Annual statistical returns and brief notes on vaccination in Bengal - 1887-1898
Year: 1887
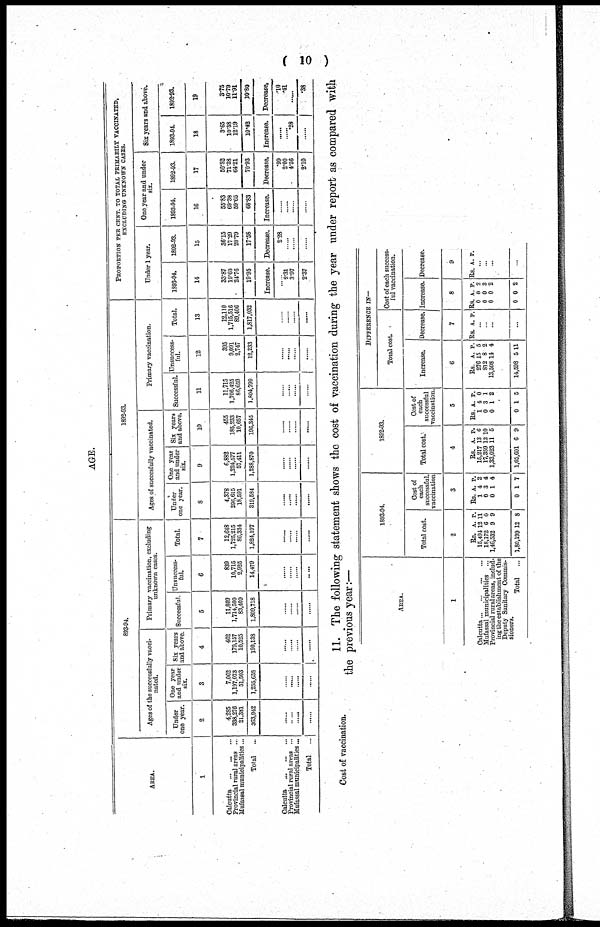
( 10 )
AGE.
AREA.
1
Calcutta
...
...
...
Provincial rural areas ...
Mufassal municipalities...
Total
...
Calcutta
...
...
...
Provincial rural areas ...
Mufassal municipalities...
Total ...
893-94.
Ages of the successfully vacci-
nated.
Under
one year.
2
4,285
338,276
21,381
363,942
......
......
......
......
One year
and under
six.
3
7,062
1,197,073
51,503
1,255,638
......
......
......
......
Six years
and above.
4
462
179,157
10,525
190,138
......
......
......
......
Primary vaccination, excluding
unknown cases.
Successful.
5
11,809
1,714,500
83,409
1,809,718
......
......
......
......
Unsuccess-
ful.
6
839
10,715
2,925
14,479
......
......
......
Total
7
12,648
1,725,215
86,334
1,824,197
......
......
......
......
1892-93.
Ages of succesfully vaccinated.
Under
one year.
8
4,378
296,615
18,591
319,584
......
......
......
......
One year
and under
six.
9
6,882
1,224,577
57,411
1,288,870
......
......
......
......
Six years
and above.
10
455
185,233
10,657
196,345
......
......
......
......
Primary vaccination.
Successful.
11
11,715
1,706,425
86,659
1,804,799
......
......
......
......
Unsuccess-
ful.
12
395
9,091
2,747
12,233
......
......
......
......
Total.
13
12,110
1,715,516
89,406
1,817,032
......
......
......
......
PROPORTION PER CENT. TO TOTAL PRIMARILY VACCINATED,
EXCLUDING UNKNOWN CASES.
Under 1 year.
1893-94.
14
33.87
19.60
24.76
19.95
Increase.
......
2.31
3.97
2.37
1892-93.
15
36.15
17.29
20.79
17.58
Decrease.
2.28
......
......
......
One year and under
six.
1893-94.
16
55.83
69.38
59.65
68.83
Increase.
......
......
......
......
1892-93.
17
56.82
71.38
64.21
70.93
Decrease.
.99
2.00
4.56
2.10
Six years and above.
1893-94.
18
3.65
10.38
12.19
10.42
Increase.
......
......
.28
......
1892-93.
19
3.75
10.79
11.91
10.80
Decrease.
.10
.41
......
.38
Cost of vaccination.
11. The following statement shows the cost of vaccination during the year under report as compared with
the previous year:—
AREA.
1
Calcutta ... ... ... ...
Mufassal municipalities ...
Provincial rural areas, includ-
ing the establishment of the
Deputy Sanitary Commis-
sioners.
Total
...
1893-94.
Total cost.
2
Rs.
15,494
18,172
1,46,532
1,80,199
A.
12
6
9
12
P.
11
6
9
8
Cost of
each
successful.
vaccination
3
Rs.
1
0
0
0
A.
4
3
1
1
P.
2
4
4
7
1892-93.
Total cost.
4
Rs.
15,217
17,359
1,33,023
1,65,601
A.
19
13
11
6
P.
6
10
5
9
Cost or
each
successful
vaccination.
5
Rs.
1
0
0
0
A.
4
3
1
1
P.
0
1
2
5
DIFFERENCE IN—
Total cost.
Increase.
6
Rs.
276
812
13,503
14,598
A.
15
8
14
5
P.
5
2
4
11
Decrease.
7
Rs. A. P.
...
...
...
...
Cost of each success-
ful vaccination.
Increase.
8
Rs.
0
0
0
0
A.
0
0 0
0
P.
2
3
2
2
Decrease.
9
Rs. A. P.
...
...
...
...